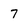
Character: 7